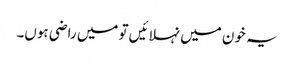
یہ خون میں نہلائیں تو میں راضی ہوں۔